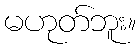
မဟုတ်ဘူး။